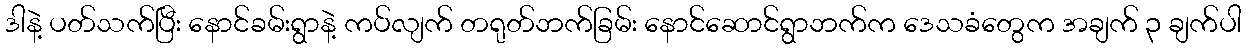
ဒါနဲ့ ပတ်သက်ပြီး နောင်ခမ်းရွာနဲ့ ကပ်လျက် တရုတ်ဘက်ခြမ်း နောင်ဆောင်ရွာဘက်က ဒေသခံတွေက အချက် ၃ ချက်ပါ